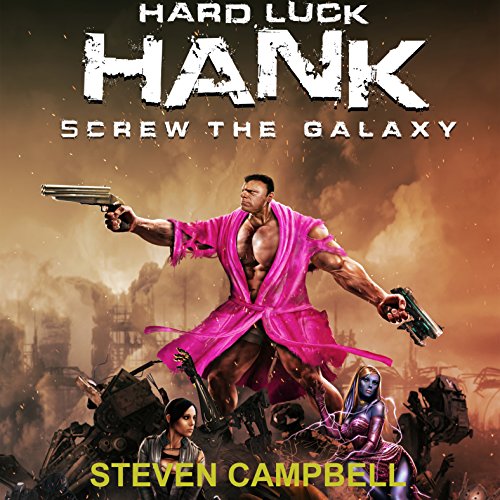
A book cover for Hard Luck Hank: Screw the Galaxy; Steven Campbell; Literature & Fiction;